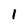
Character: 1